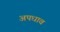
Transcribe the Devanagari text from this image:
अपधाव